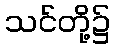
သင်တို့၌